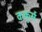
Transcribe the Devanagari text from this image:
ककुर्स